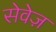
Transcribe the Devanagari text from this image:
सेवेज़